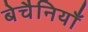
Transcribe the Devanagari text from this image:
बेचैनियाँ